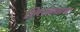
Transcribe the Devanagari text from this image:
लिखवाय